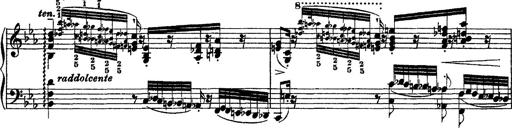
Title: Grandes Ã©tudes de Paganini
Composer: Franz Liszt